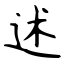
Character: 述